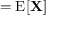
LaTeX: \mathbf { \mu = \operatorname { E } [ X ] }